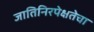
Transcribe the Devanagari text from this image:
जातिनिरपेक्षतेचा